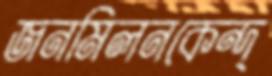
জনমিলনকেন্দ্